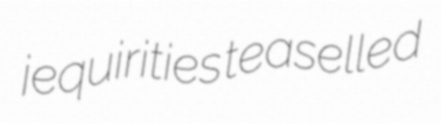
jequirities teaselled